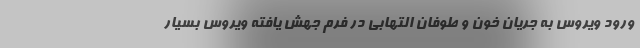
ورود ویروس به جریان خون و طوفان التهابی در فرم جهش یافته ویروس بسیار